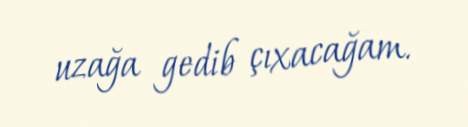
uzağa gedib çıxacağam.